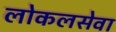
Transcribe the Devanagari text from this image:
लोकलसेवा